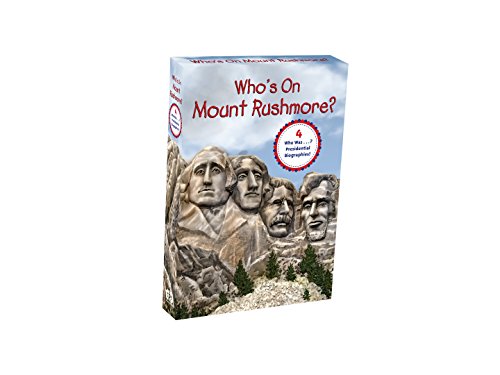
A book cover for Who's on Mount Rushmore? Box Set (Who Was...?); Nancy Harrison; Children's Books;